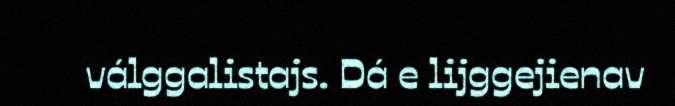
válggalistajs. Dá e lijggejienav